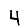
Digit: 4